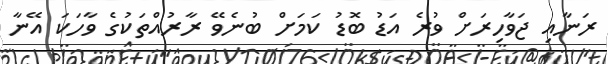
ރަނާއި ޖަވާހިރަށް ވުރެ އަޑު ބޮޑު ކަމަށް ބުނެވޭ ރާރުއްތަކުގެ ވާހަކަ އޭނާ